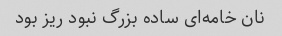
نان خامه‌ای ساده بزرگ نبود ریز بود